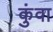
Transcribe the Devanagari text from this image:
कुंवा